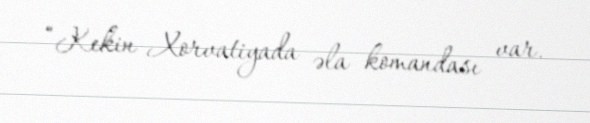
“Kekin Xorvatiyada əla komandası var.